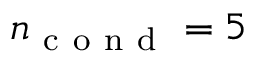
n _ { \mathrm { ~ c ~ o ~ n ~ d ~ } } = 5